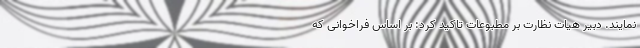
نمایند. دبیر هیات نظارت بر مطبوعات تاکید کرد: بر اساس فراخوانی که